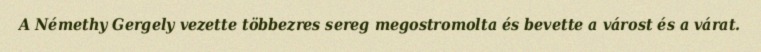
A Némethy Gergely vezette többezres sereg megostromolta és bevette a várost és a várat.